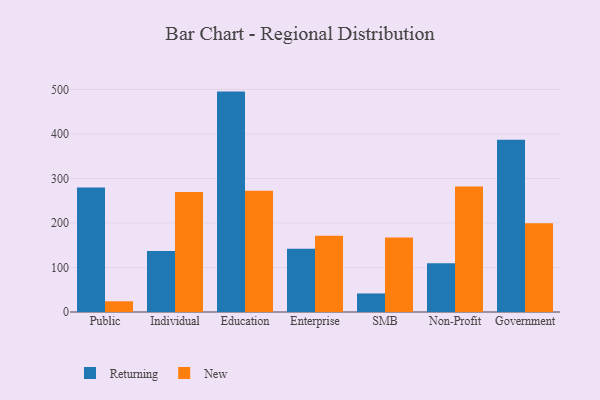
{"axis": {"x": "Segment", "y": "Shipments"}, "legend": ["New", "Returning"], "data": [{"x": "Public", "y": 279.6, "type": "Returning"}, {"x": "Public", "y": 24.1, "type": "New"}, {"x": "Individual", "y": 137.0, "type": "Returning"}, {"x": "Individual", "y": 269.6, "type": "New"}, {"x": "Education", "y": 495.1, "type": "Returning"}, {"x": "Education", "y": 272.6, "type": "New"}, {"x": "Enterprise", "y": 142.1, "type": "Returning"}, {"x": "Enterprise", "y": 171.4, "type": "New"}, {"x": "SMB", "y": 41.7, "type": "Returning"}, {"x": "SMB", "y": 167.3, "type": "New"}, {"x": "Non-Profit", "y": 109.7, "type": "Returning"}, {"x": "Non-Profit", "y": 282.0, "type": "New"}, {"x": "Government", "y": 386.9, "type": "Returning"}, {"x": "Government", "y": 199.6, "type": "New"}]}